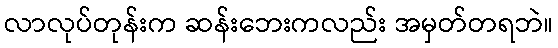
လာလုပ်တုန်းက ဆန်းဘေးကလည်း အမှတ်တရဘဲ။